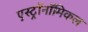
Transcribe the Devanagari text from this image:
एस्ट्रॉनॉमिकल